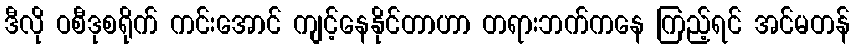
ဒီလို ဝစီဒုစရိုက် ကင်းအောင် ကျင့်နေနိုင်တာဟာ တရားဘက်ကနေ ကြည့်ရင် အင်မတန်